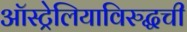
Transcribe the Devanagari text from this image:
ऑस्ट्रेलियाविरुद्धची